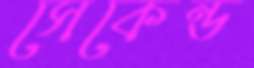
সেকেন্ড